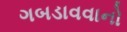
ગબડાવવાનો